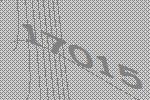
17015